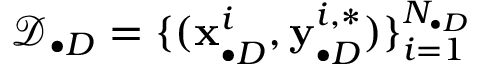
\mathcal { D } _ { \bullet D } = \{ ( \mathbf { x } _ { \bullet D } ^ { i } , \mathbf { y } _ { \bullet D } ^ { i , * } ) \} _ { i = 1 } ^ { N _ { \bullet D } }